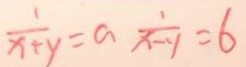
\frac { 1 } { x + y } = a \frac { 1 } { x - y } = 6